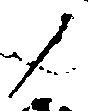
ノ